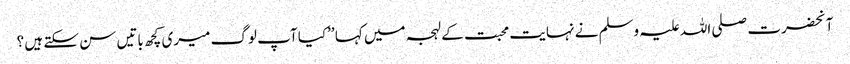
آنحضرت صلی اللہ علیہ وسلم نے نہایت محبت کے لہجہ میں کہا ’’کیا آپ لوگ میری کچھ باتیں سن سکتے ہیں ؟